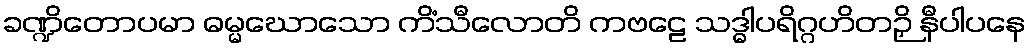
ခဏ္ဍိတောပမာ ဓမ္မဃောသော ကိံသီလောတိ ကဗဠေ သဒ္ဓါပရိဂ္ဂဟိတဉှိ နီပါပနေ